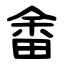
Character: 畬